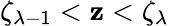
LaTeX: \zeta_{\lambda-1}<\mathbf{z}<\zeta_{\lambda}